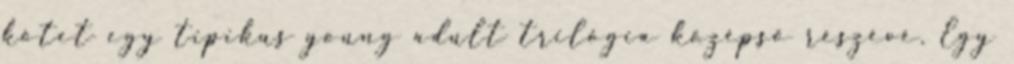
kötet egy tipikus young adult trilógia középső részévé. Egy